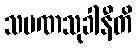
သမဏသုခါနီတိ